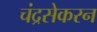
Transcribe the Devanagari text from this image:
चंद्रसेकरन